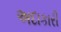
અદાકારી